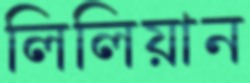
লিলিয়ান